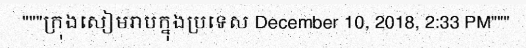
"""ក្រុងសៀមរាបក្នុងប្រទេស December 10, 2018, 2:33 PM"""